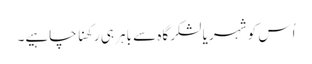
اُس کو شہر یا لشکرگاہ سے باہر ہی رکھنا چاہیے۔